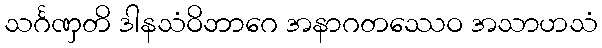
သင်္ဂဏှတိ ဒါနသံဝိဘာဂေ အနာဂတဿေဝ အသာဟသံ